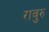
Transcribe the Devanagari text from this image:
रावुरु